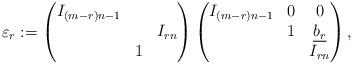
LaTeX: \begin{align*}\varepsilon_r:=\begin{pmatrix}I_{(m-r)n-1}&&\\&&I_{rn}\\&1&\end{pmatrix}\begin{pmatrix}I_{(m-r)n-1}&0&0\\&1&\underline{b_r}\\ &&I_{rn}\end{pmatrix},\end{align*}